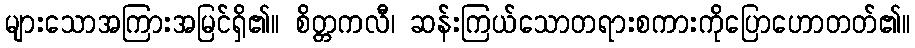
များသောအကြားအမြင်ရှိ၏။ စိတ္တကလီ၊ ဆန်းကြယ်သောတရားစကားကိုပြောဟောတတ်၏။